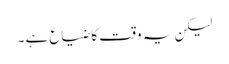
لیکن یہ وقت کا ضیاع ہے۔